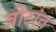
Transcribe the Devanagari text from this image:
बोटांत